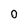
Character: 0